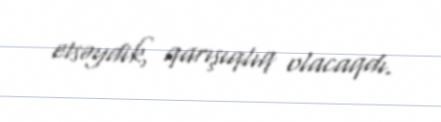
etsəydik, qarışıqlıq olacaqdı.